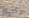
رئتيك